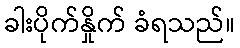
ခါးပိုက်နှိုက် ခံရသည်။